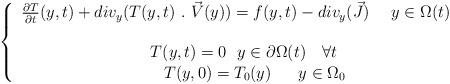
LaTeX: \begin{align*}\left\{\begin{array}{cl}\frac{\partial T}{\partial t}(y,t) +div_y(T(y,t) \ .\ \vec{V}(y)) =f(y,t) -div_y(\vec{J}) \ \ \ \ y\in \Omega(t) &\mbox{ } \\ &\mbox{ } \\\ \ \ \ T(y,t)= 0 \ \ y \in \partial \Omega(t)\ \ \ \forall t \ \\ \ \ \ \ \ \ \ T(y,0)= T_0(y) \ \ \ \ \ y \in \Omega_0 &\mbox{} \end{array}\right.\end{align*}